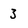
Character: 3